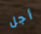
أجل